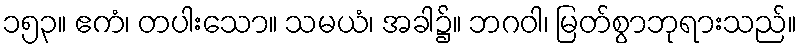
၁၅၃။ ဧကံ၊ တပါးသော။ သမယံ၊ အခါ၌။ ဘဂဝါ၊ မြတ်စွာဘုရားသည်။